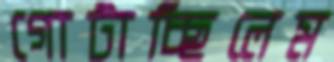
গোটাচ্ছিলেম